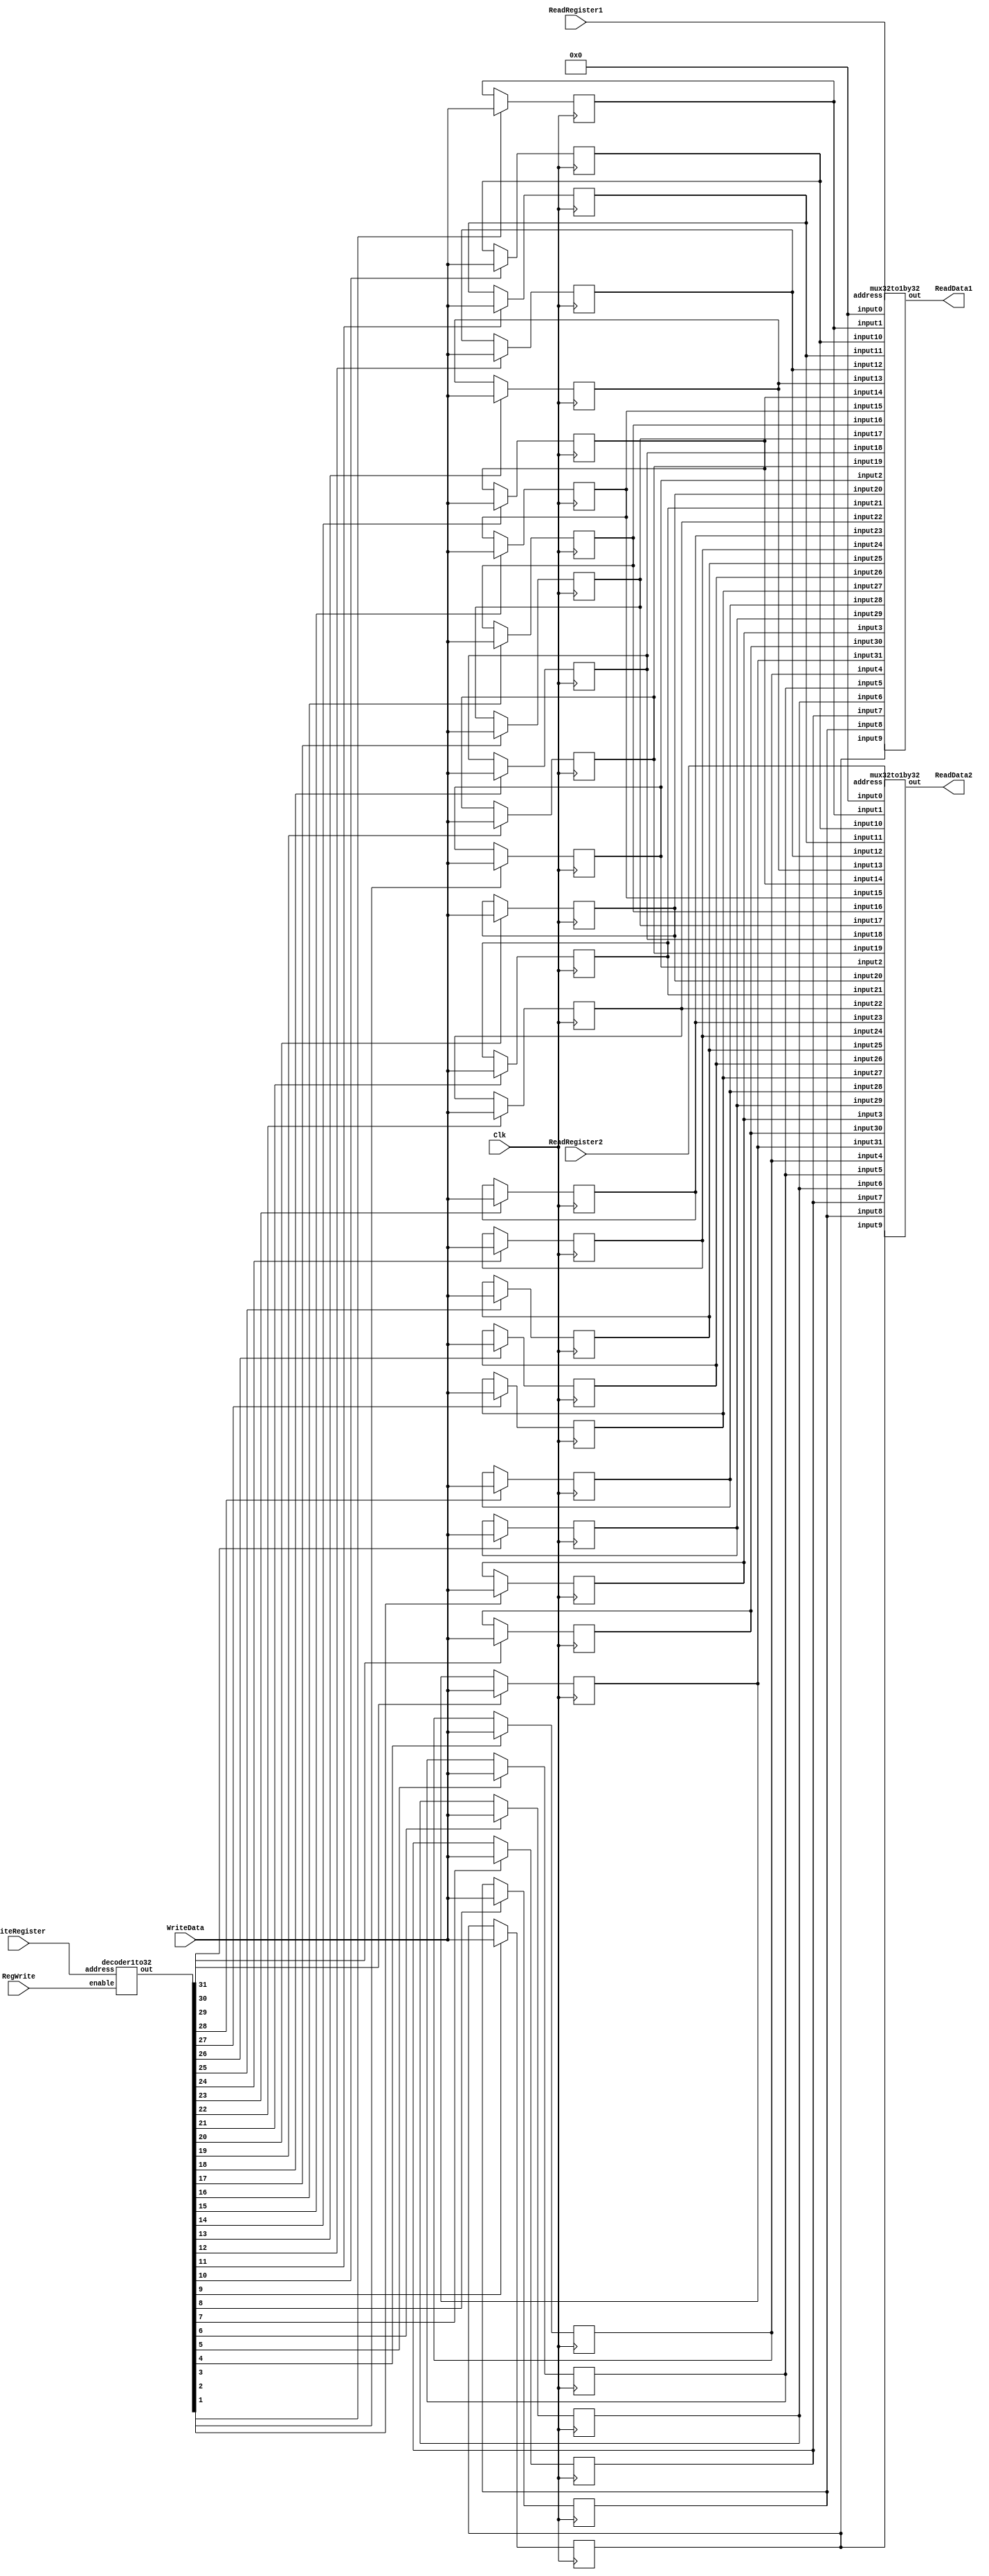
//------------------------------------------------------------------------------
// MIPS register file
//   width: 32 bits
//   depth: 32 words (reg[0] is static zero register)
//   2 asynchronous read ports
//   1 synchronous, positive edge triggered write port
//------------------------------------------------------------------------------

module regfile
(
output[31:0]	ReadData1,	// Contents of first register read
output[31:0]	ReadData2,	// Contents of second register read
input[31:0]	WriteData,	// Contents to write to register
input[4:0]	ReadRegister1,	// Address of first register to read
input[4:0]	ReadRegister2,	// Address of second register to read
input[4:0]	WriteRegister,	// Address of register to write
input		RegWrite,	// Enable writing of register when High
input		Clk		// Clock (Positive Edge Triggered)
);

  reg[31:0] registers[31:0];

  wire[31:0] decoded;
  decoder1to32 deco (decoded,RegWrite,WriteRegister);
  genvar i;
  generate
    for (i = 1; i < 32; i = i+1)
      always @(negedge Clk) begin
          if(decoded[i]) begin
              registers[i] <= WriteData;
          end
      end
  endgenerate
  mux32to1by32 mux1 (ReadData1,ReadRegister1,0,registers[1], registers[2], registers[3], registers[4], registers[5],registers[6], registers[7], registers[8], registers[9], registers[10],registers[11], registers[12], registers[13], registers[14], registers[15],registers[16], registers[17], registers[18], registers[19], registers[20],registers[21], registers[22], registers[23], registers[24], registers[25],registers[26], registers[27], registers[28], registers[29], registers[30],registers[31]);
  mux32to1by32 mux2 (ReadData2,ReadRegister2,0,registers[1], registers[2], registers[3], registers[4], registers[5],registers[6], registers[7], registers[8], registers[9], registers[10],registers[11], registers[12], registers[13], registers[14], registers[15],registers[16], registers[17], registers[18], registers[19], registers[20],registers[21], registers[22], registers[23], registers[24], registers[25],registers[26], registers[27], registers[28], registers[29], registers[30],registers[31]);

endmodule


//register modules

// Single-bit D Flip-Flop with enable
//   Positive edge triggered
module register
(
output reg	q,
input		d,
input		wrenable,
input		clk
);

    always @(posedge clk) begin
        if(wrenable) begin
            q <= d;
        end
    end

endmodule

//  32-bit register composed funtionally of 32 D flipflops
// Positive edge triggered
module register32
(
output reg[31:0]	q,
input[31:0]		d,
input		wrenable,
input		clk
);

    always @(posedge clk) begin
        if(wrenable) begin
            q <= d;
        end
    end

endmodule


module register32zero
(
output reg[31:0]	q,
input[31:0]		d,
input		wrenable,
input		clk
);

    always @(posedge clk) begin
        if(wrenable) begin
            q <= 0;
        end
    end

endmodule


// including MUXes

module mux32to1by1
    (
    output      out,
    input[4:0]  address,
    input[31:0] inputs
    );
    assign out=inputs[address];
endmodule

module mux32to1by32
  (
  output[31:0]  out,
  input[4:0]    address,
  input[31:0]   input0, input1, input2, input3, input4, input5, input6, input7, input8, input9, input10, input11,
  input[31:0]   input12, input13, input14, input15, input16, input17, input18, input19, input20, input21, input22, input23,
  input[31:0]   input24, input25, input26, input27, input28, input29, input30, input31
  );

    wire[31:0] mux[31:0];			// Create a 2D array of wires

    assign mux[0] = input0;		// Connect the sources of the array
    assign mux[1] = input1;
    assign mux[2] = input2;
    assign mux[3] = input3;
    assign mux[4] = input4;
    assign mux[5] = input5;
    assign mux[6] = input6;
    assign mux[7] = input7;
    assign mux[8] = input8;
    assign mux[9] = input9;
    assign mux[10] = input10;
    assign mux[11] = input11;
    assign mux[12] = input12;
    assign mux[13] = input13;
    assign mux[14] = input14;
    assign mux[15] = input15;
    assign mux[16] = input16;
    assign mux[17] = input17;
    assign mux[18] = input18;
    assign mux[19] = input19;
    assign mux[20] = input20;
    assign mux[21] = input21;
    assign mux[22] = input22;
    assign mux[23] = input23;
    assign mux[24] = input24;
    assign mux[25] = input25;
    assign mux[26] = input26;
    assign mux[27] = input27;
    assign mux[28] = input28;
    assign mux[29] = input29;
    assign mux[30] = input30;
    assign mux[31] = input31;
    assign out = mux[address];	// Connect the output of the array
endmodule


// including Decoder

// 32 bit decoder with enable signal
//   enable=0: all output bits are 0
//   enable=1: out[address] is 1, all other outputs are 0
module decoder1to32
(
output[31:0]	out,
input		enable,
input[4:0]	address
);

    assign out = enable<<address;

endmodule